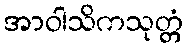
အာဝါသိကသုတ္တံ